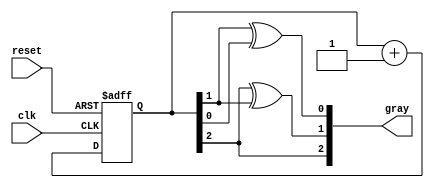
module gray_code_async_counter (
    input wire clk,          // Clock signal
    input wire reset,        // Asynchronous reset
    output reg [2:0] gray   // 3-bit Gray code output
);

    // Function to convert binary to Gray code
    function [2:0] binary_to_gray;
        input [2:0] binary;
        begin
            binary_to_gray = {binary[2], binary[2] ^ binary[1], binary[1] ^ binary[0]};
        end
    endfunction

    // Internal binary counter
    reg [2:0] binary_count;

    always @(posedge clk or posedge reset) begin
        if (reset) begin
            binary_count <= 3'b000; // Reset binary counter to 0
        end else begin
            binary_count <= binary_count + 1; // Increment binary counter
        end
    end

    // Update Gray code output based on the binary counter
    always @(binary_count) begin
        gray <= binary_to_gray(binary_count);
    end

endmodule